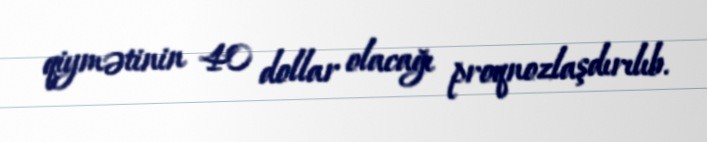
qiymətinin 40 dollar olacağı proqnozlaşdırılıb.